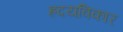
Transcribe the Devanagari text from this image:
ह्रदयविकार